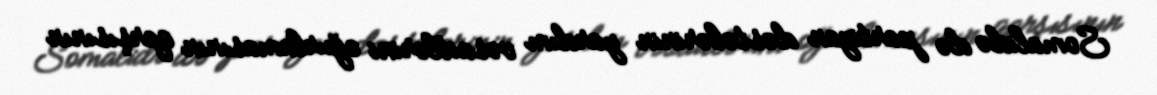
Somalidə də partizan dəstələrinin yardım vəsaitlərini oğurlamasının qarşısının